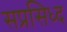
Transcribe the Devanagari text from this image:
सप्रसिध्द